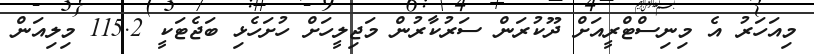
މިއަހަރު އެ މިނިސްޓްރީއަށް ދޫކުރަން ސަރުކާރުން މަޖިލީހަށް ހުށަހެޅި ބަޖެޓަކީ 115.2 މިލިއަން